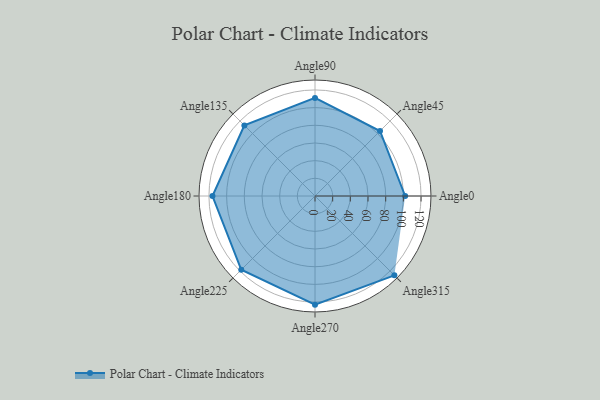
{"axis": {"x": "Angle", "y": "Radius"}, "legend": [""], "data": [{"x": "Angle0", "y": 102.0, "type": ""}, {"x": "Angle45", "y": 104.0, "type": ""}, {"x": "Angle90", "y": 111.0, "type": ""}, {"x": "Angle135", "y": 113.0, "type": ""}, {"x": "Angle180", "y": 116.0, "type": ""}, {"x": "Angle225", "y": 118.0, "type": ""}, {"x": "Angle270", "y": 123.0, "type": ""}, {"x": "Angle315", "y": 127.0, "type": ""}]}